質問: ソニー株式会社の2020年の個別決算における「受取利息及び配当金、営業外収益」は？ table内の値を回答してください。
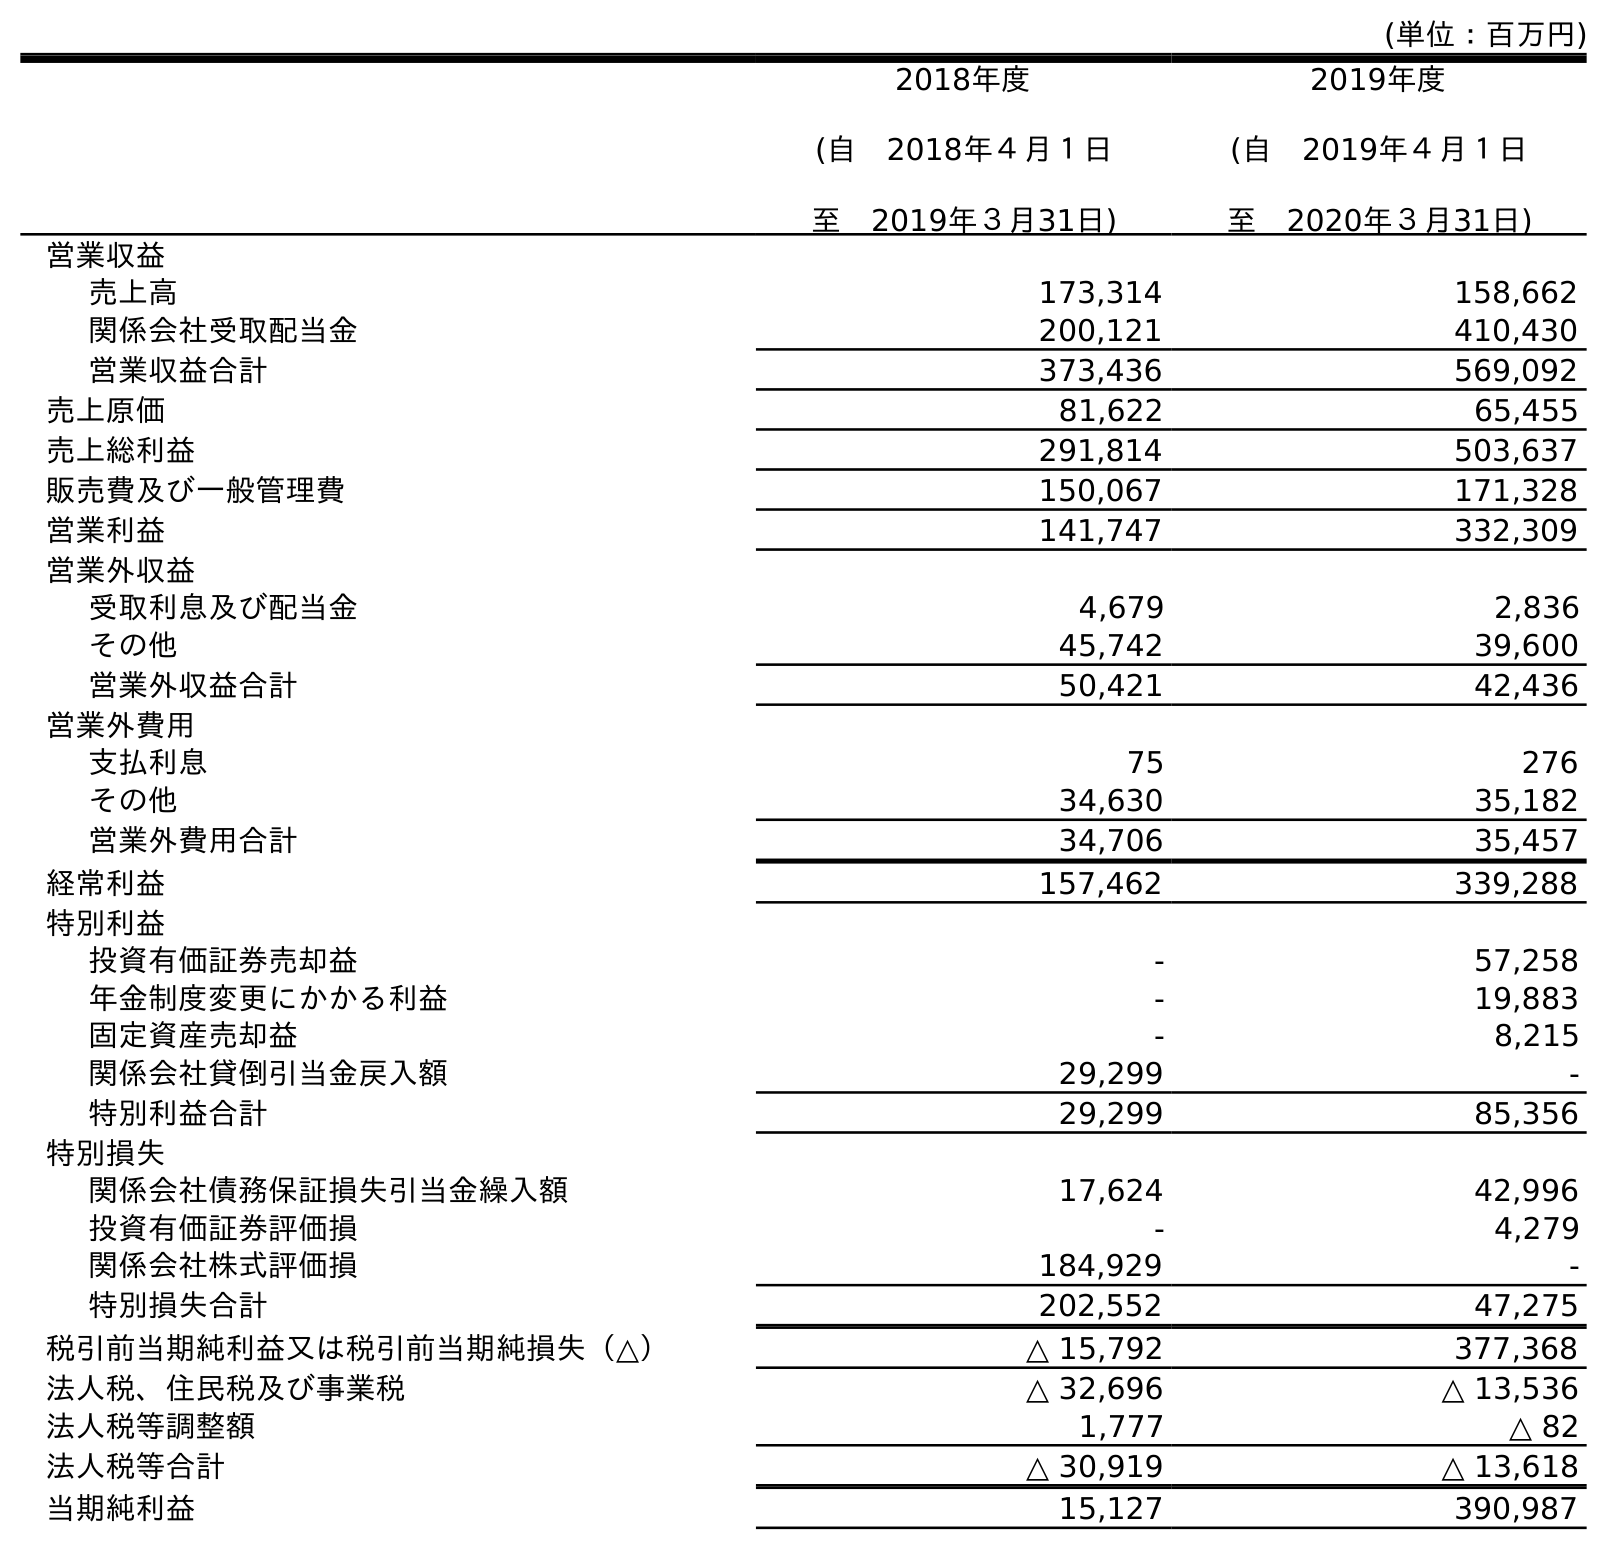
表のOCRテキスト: (単位：百万円) 2018年度 (自 2018年４月１日 至 2019年３月31日) 2019年度 (自 2019年４月１日 至 2020年３月31日) 営業収益 売上高 173,314 158,662 関係会社受取配当金 200,121 410,430 営業収益合計 373,436 569,092 売上原価 81,622 65,455 売上総利益 291,814 503,637 販売費及び一般管理費 150,067 171,328 営業利益 141,747 332,309 営業外収益 受取利息及び配当金 4,679 2,836 その他 45,742 39,600 営業外収益合計 50,421 42,436 営業外費用 支払利息 75 276 その他 34,630 35,182 営業外費用合計 34,706 35,457 経常利益 157,462 339,288 特別利益 投資有価証券売却益 - 57,258 年金制度変更にかかる利益 - 19,883 固定資産売却益 - 8,215 関係会社貸倒引当金戻入額 29,299 - 特別利益合計 29,299 85,356 特別損失 関係会社債務保証損失引当金繰入額 17,624 42,996 投資有価証券評価損 - 4,279 関係会社株式評価損 184,929 - 特別損失合計 202,552 47,275 税引前当期純利益又は税引前当期純損失（△） △ 15,792 377,368 法人税、住民税及び事業税 △ 32,696 △ 13,536 法人税等調整額 1,777 △ 82 法人税等合計 △ 30,919 △ 13,618 当期純利益 15,127 390,987
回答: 2,836